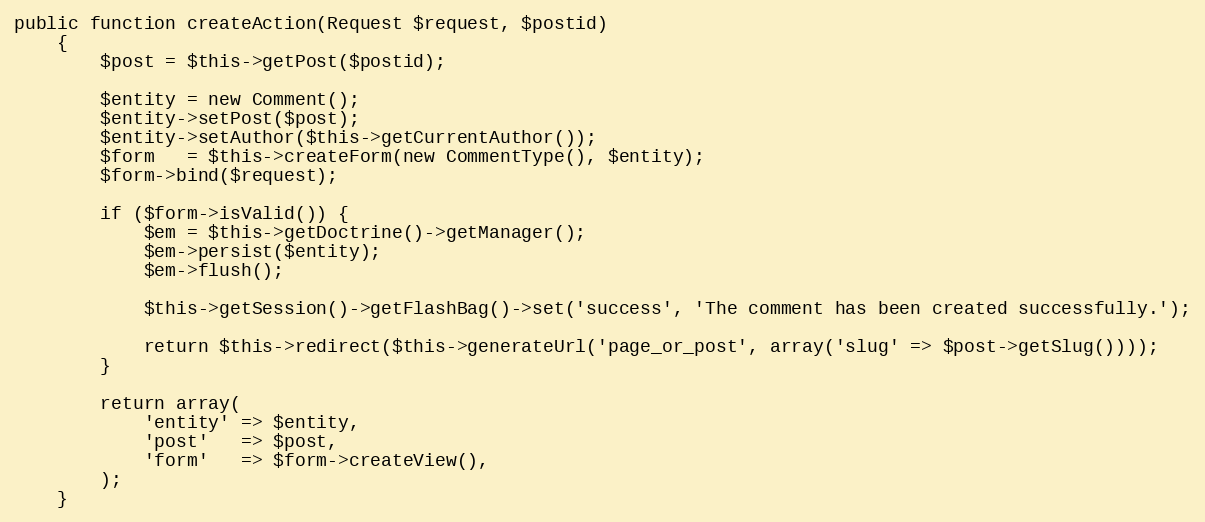
Language: PHP
public function createAction(Request $request, $postid)
    {
        $post = $this->getPost($postid);

        $entity = new Comment();
        $entity->setPost($post);
        $entity->setAuthor($this->getCurrentAuthor());
        $form   = $this->createForm(new CommentType(), $entity);
        $form->bind($request);

        if ($form->isValid()) {
            $em = $this->getDoctrine()->getManager();
            $em->persist($entity);
            $em->flush();

            $this->getSession()->getFlashBag()->set('success', 'The comment has been created successfully.');

            return $this->redirect($this->generateUrl('page_or_post', array('slug' => $post->getSlug())));
        }

        return array(
            'entity' => $entity,
            'post'   => $post,
            'form'   => $form->createView(),
        );
    }